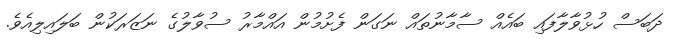
ދަބަސް ހުޅުވާލާފައި ބައެއް ސާމާނުތައް ނަގަން ފެށުމުން އައްމާރު ސުވާލުގެ ނަޒަރަކުން ބަލައިލިއެވެ.